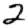
Digit: 2